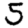
Digit: 5